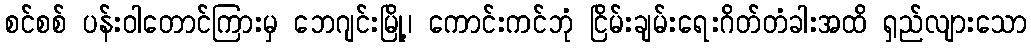
စင်စစ် ပန်းဝါတောင်ကြားမှ ဘေဂျင်းမြို့၊ ကောင်းကင်ဘုံ ငြိမ်းချမ်းရေးဂိတ်တံခါးအထိ ရှည်လျားသော